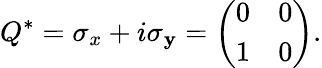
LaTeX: Q^{*}=\sigma_{x}+i\sigma_{\mathbf{y}}={\left(\begin{array}{ll}{0}&{0}\\ {1}&{0}\end{array}\right)}.